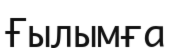
Ғылымға